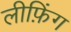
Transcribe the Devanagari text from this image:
लीफ़िंग